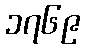
၁၇၆၉